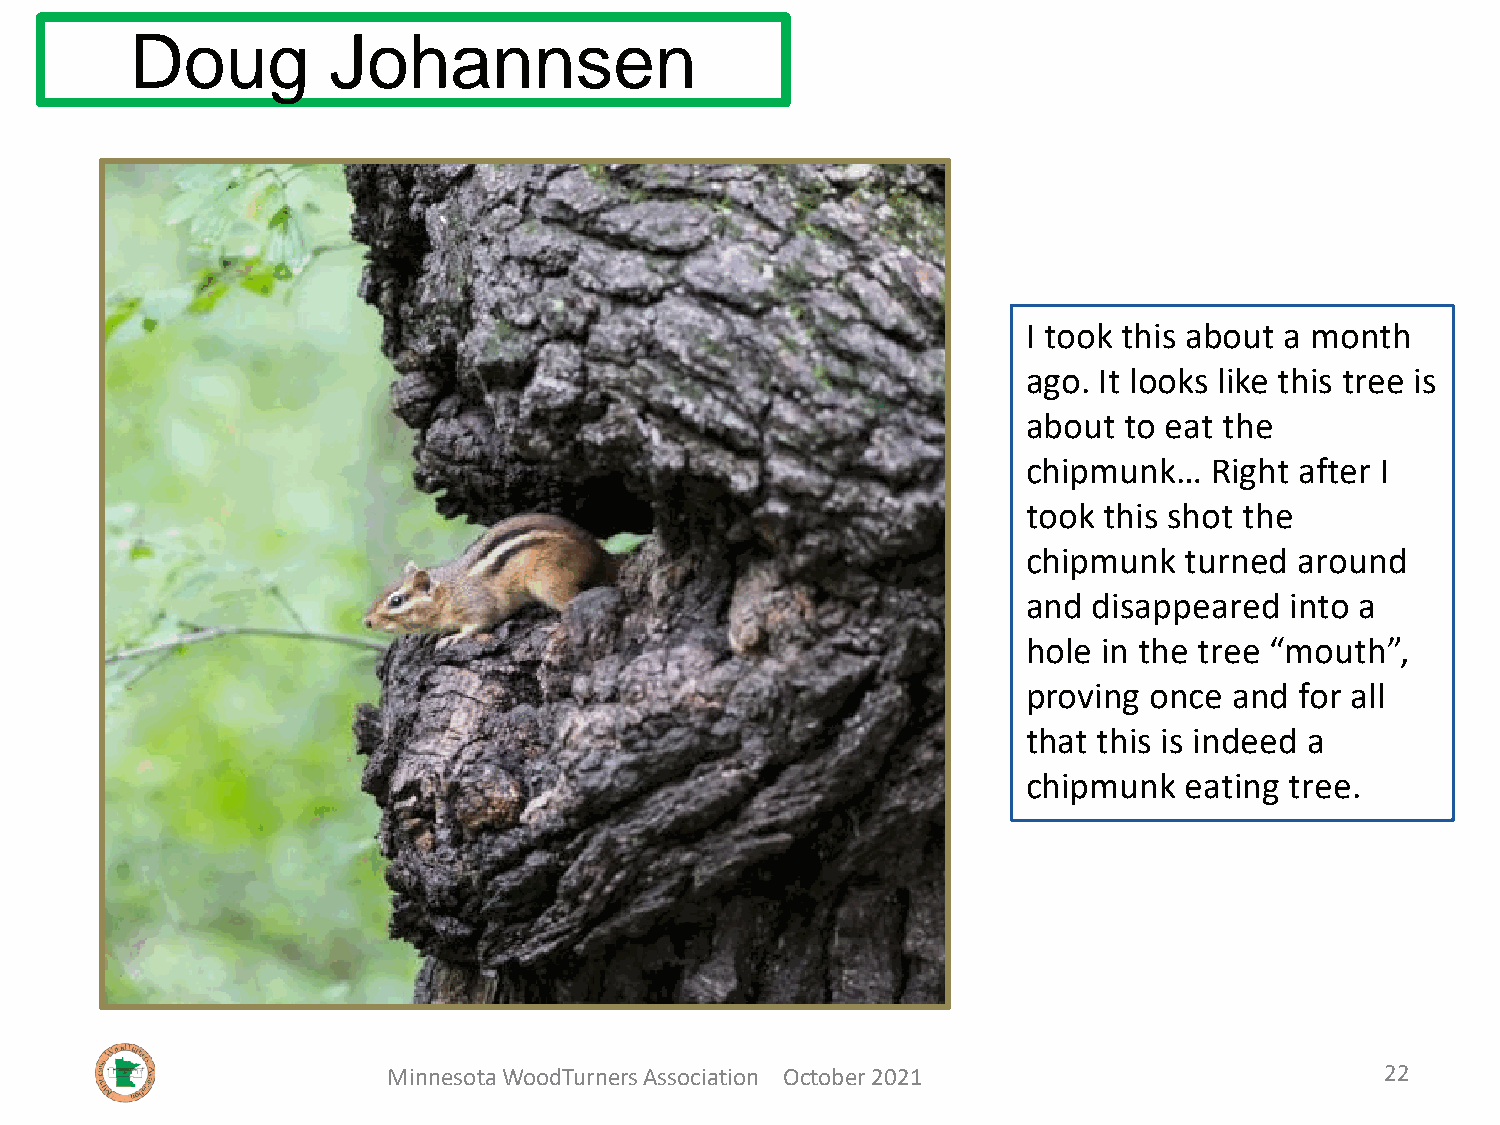
Doug         Johannsen
 I took this about a month
 ago. It looks like this tree is
 about to eat the
 chipmunk…   Right after I
 took this shot the
 chipmunk  turned  around
 and disappeared  into a
 hole in the tree “mouth”,
 proving once  and for all
 that this is indeed a
 chipmunk  eating tree.
 Minnesota WoodTurners Association October 2021                    22